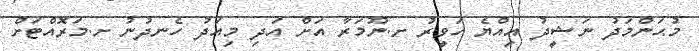
މުޙަންމަދު ނަޝީދު އިއްޔެ ހަވީރު ށ.ނޫމަރާ އަށް އަދި މިއަދު ހެނދުނު ށ.މަރޮއްޓަށް